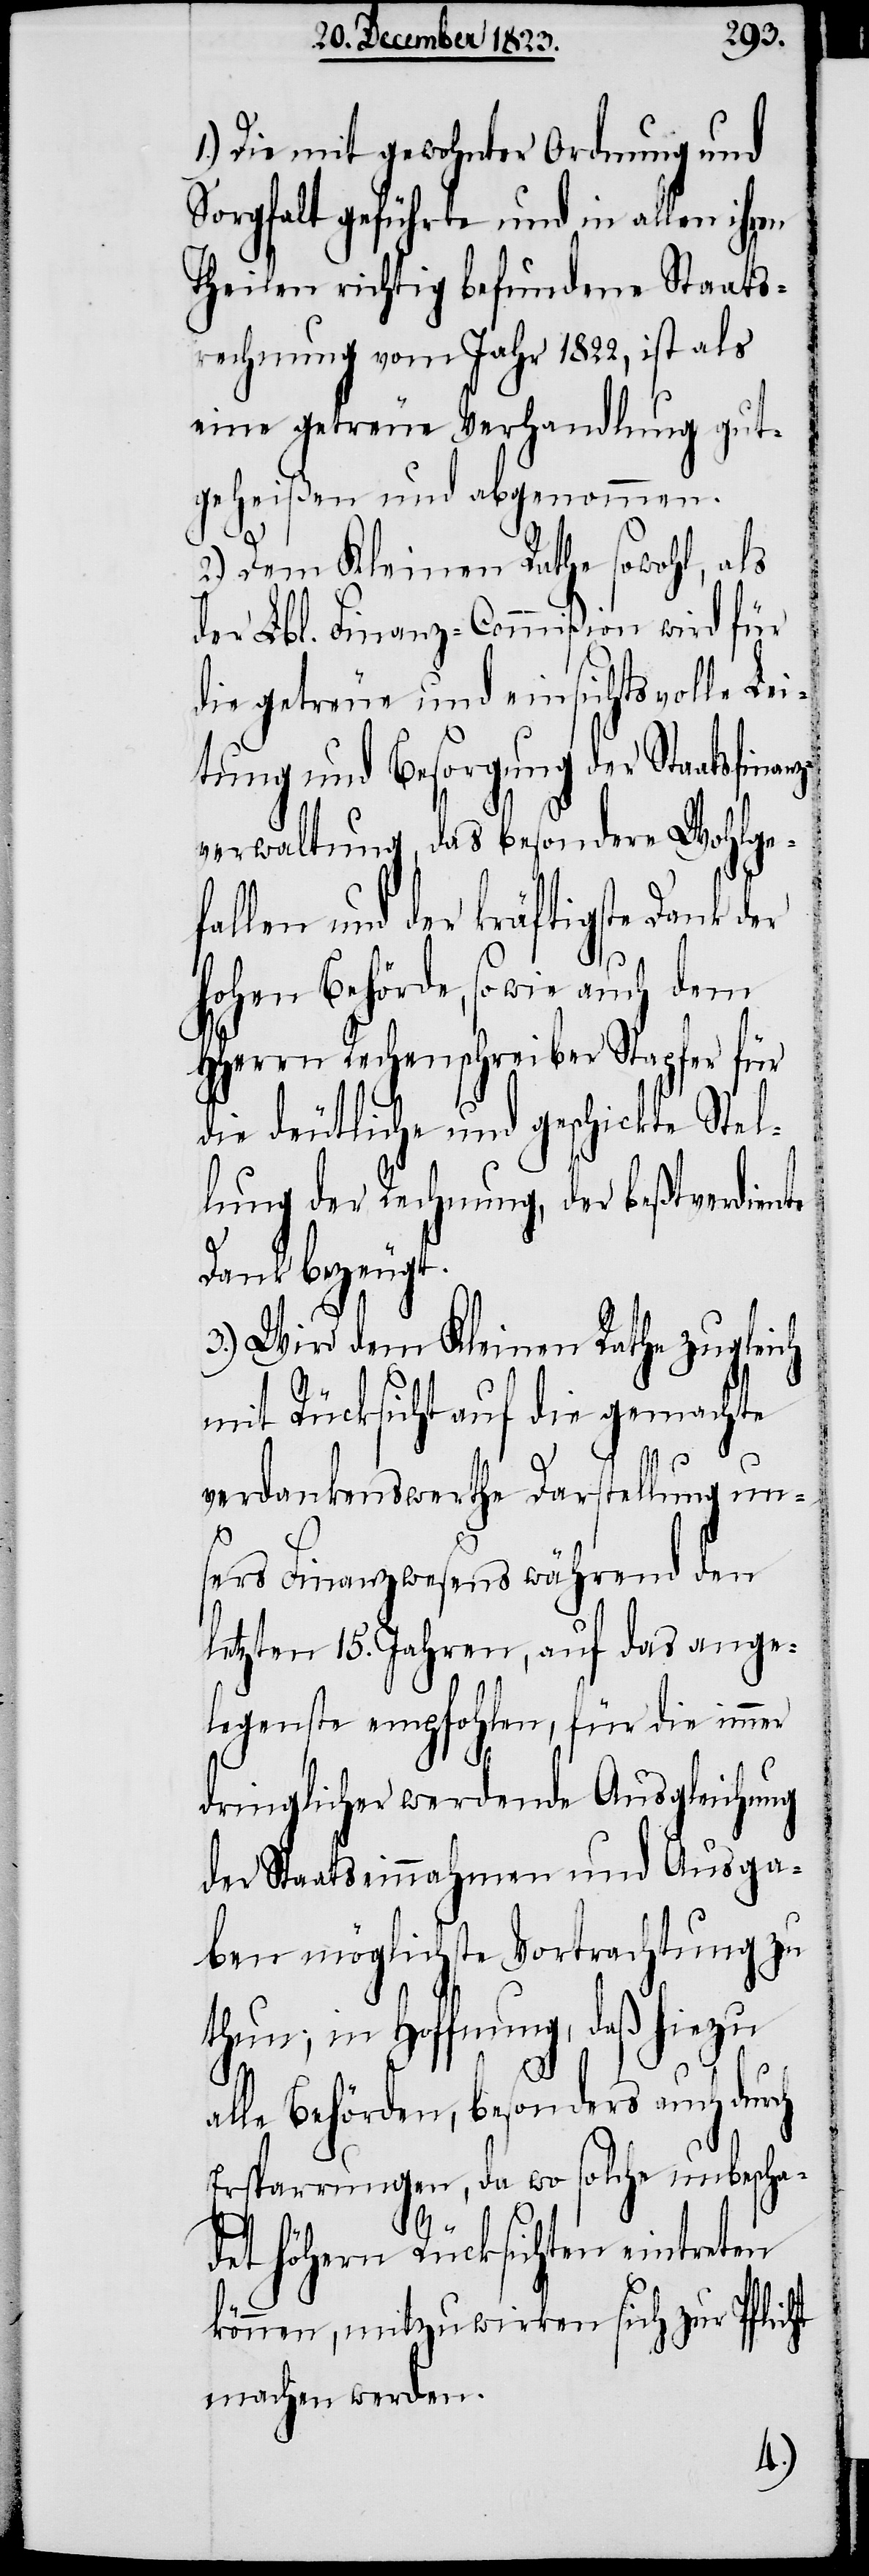
Die mit gewohnter Ordnung und
Sorgfalt geführte und in allen ihren
Theilen richtig befundene Staats¬
rechnung vom Jahr 1822, ist als
eine getreue Verhandlung gut¬
geheißen und abgenommen.
2.) Dem Kleinen Rathe sowohl, als
der Lbl. Finanz-Commißion wird für
die getreue und einsichtsvolle Lei¬
tung und Besorgung der Staatsfinan¬
verwaltung, das besondere Wohlge¬
fallen und der kräftigste Dank d¬
HHerrn Rechenschreiber Stapfer für
die deutliche und geschickte Stel¬
lung der Rechnung, der beßtverdiente
Dank bezeugt.
3.) Wird dem Kleinen Rathe zugleich
mit Rücksicht auf die gemachte
h¬
verdankenswerthe Darstellung un¬
ch
seres Finanzwesens während den
letzten 15. Jahren, auf das ange¬
legenste empfohlen, für die immer
dringlicher werdende Ausgleichung
der Staatseinnahmen und Ausga¬
ben möglichste Vortrachtung zu
thun; in Hoffnung, daß hiezu
lle Behörden, besonders auch dur¬
Ersparrungen, da wo solche unbescha¬
a¬
det höhern Rücksichten eintreten
können, mitzuwirken sich zur Pflicht
machen werden.
1.)